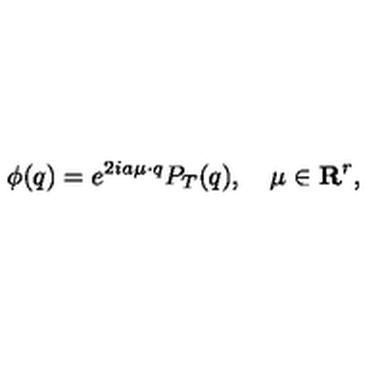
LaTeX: \phi ( q ) = e ^ { 2 i a \mu \cdot q } P _ { T } ( q ) , \quad \mu \in { \bf R } ^ { r } ,